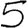
Digit: 5